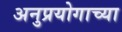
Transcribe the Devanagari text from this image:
अनुप्रयोगाच्या